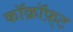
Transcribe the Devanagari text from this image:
कॉक्रॉफ़्ट